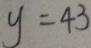
y = 4 3